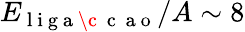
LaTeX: E_{\mathrm{~l~i~g~a~\c~{~c~}~a~o~}}/A\sim 8